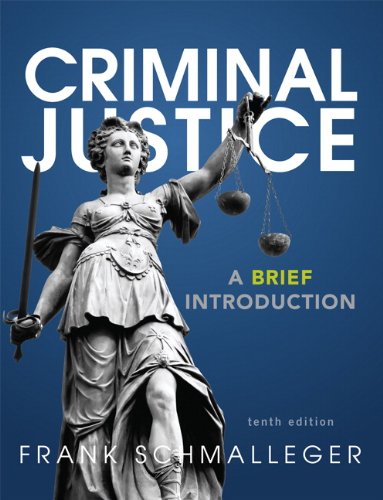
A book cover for Criminal Justice: A Brief Introduction (10th Edition); Frank J. Schmalleger; Law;